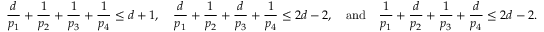
\frac { d } { p _ { 1 } } + \frac { 1 } { p _ { 2 } } + \frac { 1 } { p _ { 3 } } + \frac { 1 } { p _ { 4 } } \le d + 1 , \quad \frac { d } { p _ { 1 } } + \frac { 1 } { p _ { 2 } } + \frac { d } { p _ { 3 } } + \frac { 1 } { p _ { 4 } } \le 2 d - 2 , \quad \mathrm { a n d } \quad \frac { 1 } { p _ { 1 } } + \frac { d } { p _ { 2 } } + \frac { 1 } { p _ { 3 } } + \frac { d } { p _ { 4 } } \le 2 d - 2 .